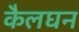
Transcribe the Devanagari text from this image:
कैलघन